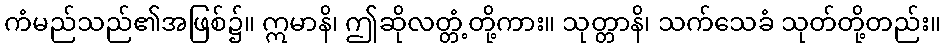
ကံမည်သည်၏အဖြစ်၌။ ဣမာနိ၊ ဤဆိုလတ္တံ့တို့ကား။ သုတ္တာနိ၊ သက်သေခံ သုတ်တို့တည်း။